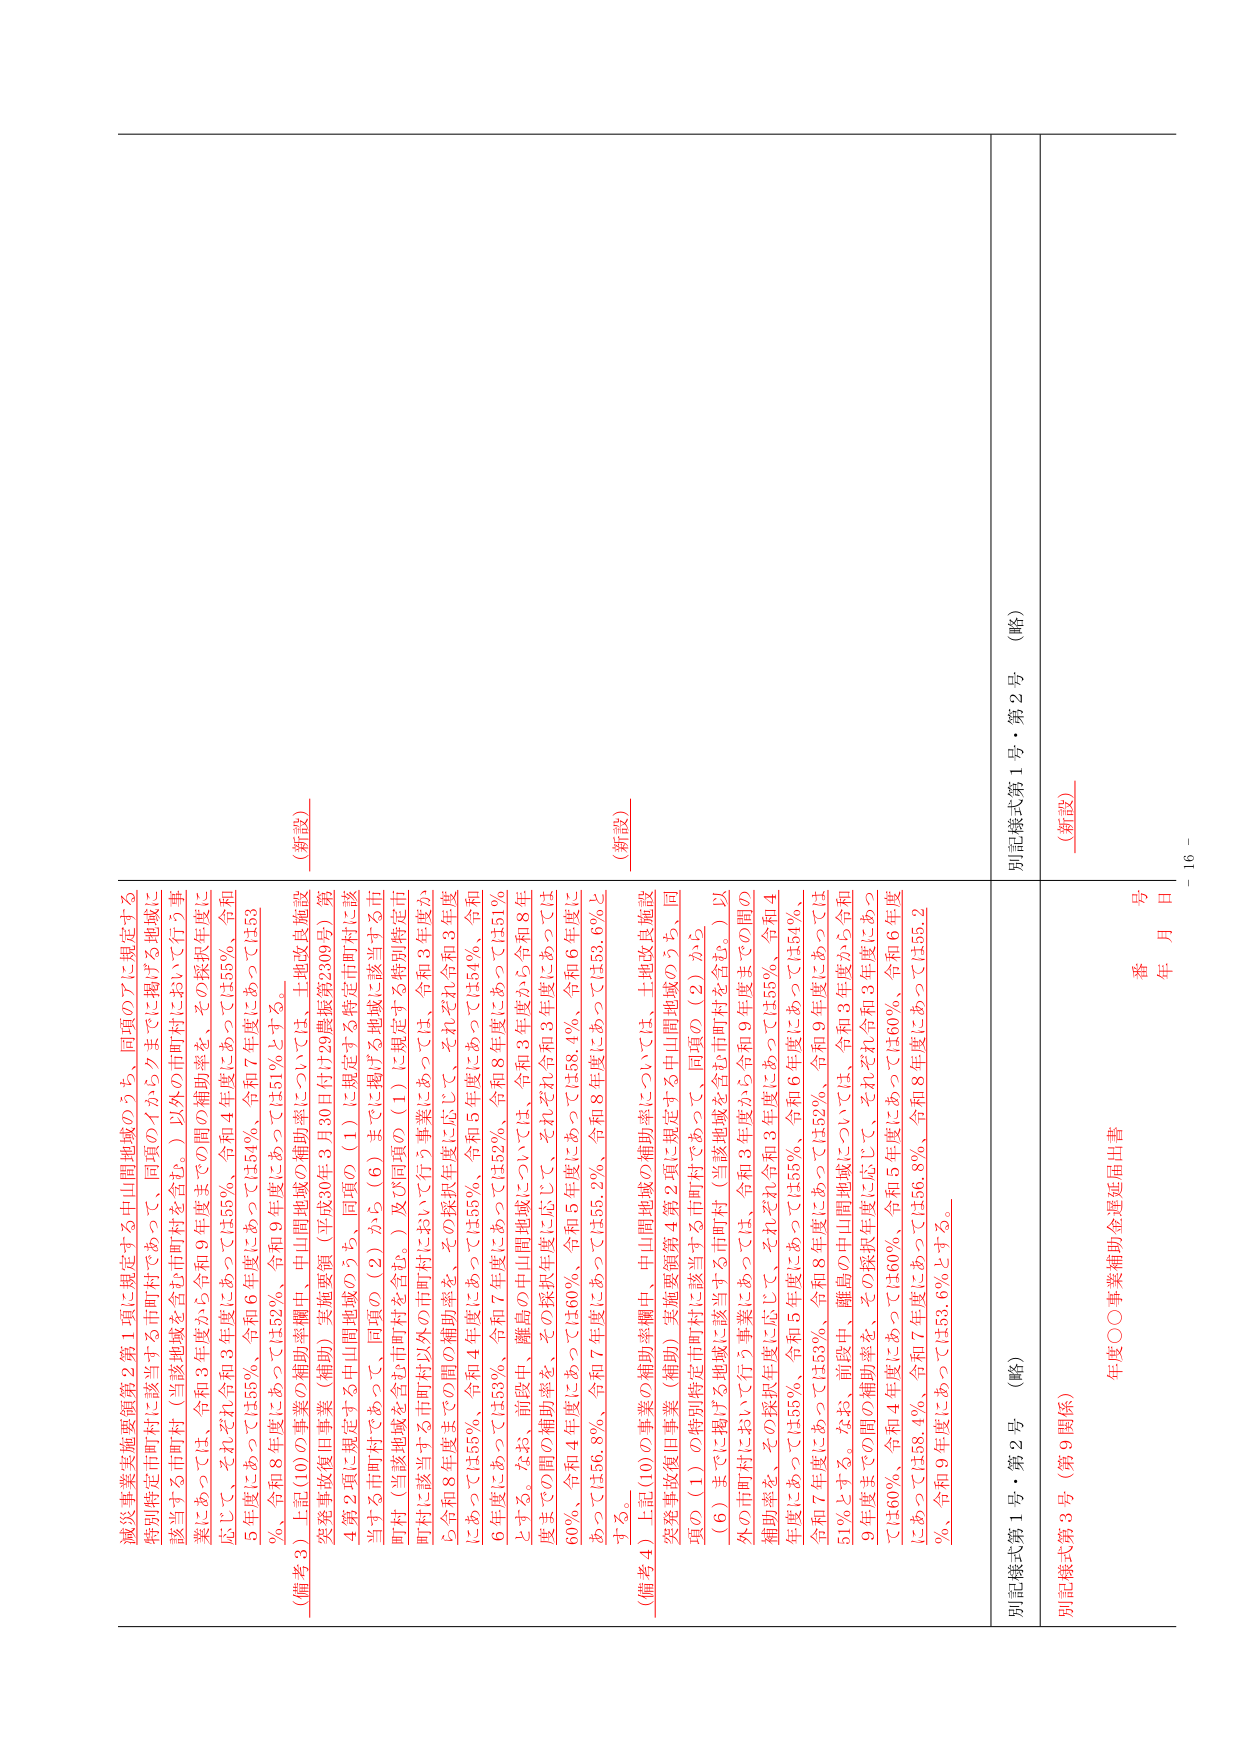
減災事業実施要領第2第1項に規定する中山間地域のうち、同項の7に規定する
特別特定市町村に該当する市町村であって、同項のイからクまでに掲げる地域に
該当する市町村（当該地域を含む市町村を含む。）以外の市町村において行う事
業にあっては、令和3年度から令和9年度までの間の補助率を、その採択年度に
応じて、それぞれ令和3年度にあっては55％、令和4年度にあっては55％、令和
5年度にあっては55％、令和6年度にあっては54％、令和7年度にあっては53
％、令和8年度にあっては52％、令和9年度にあっては51％とする。
（備考3）上記(10)の事業の補助率欄中、中山間地域の補助率については、土地改良施設
突発事故復旧事業（補助）実施要領（平成30年3月30日付け29農振第2309号）第
4第2項に規定する中山間地域のうち、同項の（1）に規定する特定市町村に該
当する市町村であって、同項の（2）から（6）までに掲げる地域に該当する市
町村（当該地域を含む市町村を含む。）及び同項の（1）に規定する特別特定市
町村に該当する市町村以外の市町村において行う事業にあっては、令和3年度か
ら令和8年度までの間の補助率を、その採択年度に応じて、それぞれ令和3年度
にあっては55％、令和4年度にあっては55％、令和5年度にあっては54％、令和
6年度にあっては53％、令和7年度にあっては52％、令和8年度にあっては51％
とする。なお、前段中、離島の中山間地域については、令和3年度から令和8年
度までの間の補助率を、その採択年度に応じて、それぞれ令和3年度にあっては
60％、令和4年度にあっては60％、令和5年度にあっては58.4％、令和6年度に
あっては56.8％、令和7年度にあっては55.2％、令和8年度にあっては53.6％と
する。
（備考4）上記(10)の事業の補助率欄中、中山間地域の補助率については、土地改良施設
突発事故復旧事業（補助）実施要領第4第2項に規定する中山間地域のうち、同
項の（1）の特別特定市町村に該当する市町村であって、同項の（2）から
（6）までに掲げる地域に該当する市町村（当該地域を含む市町村を含む。）以
外の市町村において行う事業にあっては、令和3年度から令和9年度までの間の
補助率を、その採択年度に応じて、それぞれ令和3年度にあっては55％、令和4
年度にあっては55％、令和5年度にあっては55％、令和6年度にあっては54％、
令和7年度にあっては53％、令和8年度にあっては52％、令和9年度にあっては
51％とする。なお、前段中、離島の中山間地域については、令和3年度から令和
9年度までの間の補助率を、その採択年度に応じて、それぞれ令和3年度にあっ
ては60％、令和4年度にあっては60％、令和5年度にあっては60％、令和6年度
にあっては58.4％、令和7年度にあっては56.8％、令和8年度にあっては55.2
％、令和9年度にあっては53.6％とする。
別記様式第1号・第2号（略）
別記様式第3号（第9関係）
（新設）
（新設）
（新設）
年度○○事業補助金遅延届出書
番 号
年 月 日
別記様式第1号・第2号（略）
－ 16 －